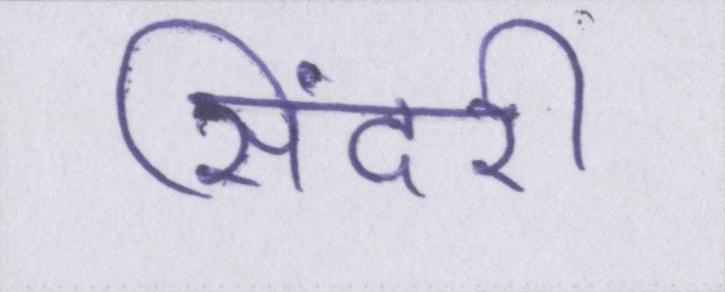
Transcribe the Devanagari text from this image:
सिंदरी